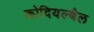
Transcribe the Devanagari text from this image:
कोदियल्बैल